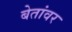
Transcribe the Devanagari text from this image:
बेतांवर